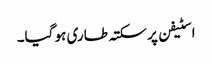
اسٹیفن پر سکتہ طاری ہو گیا۔